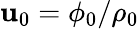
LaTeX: \mathbf{u}_{0}=\phi_{0}/\rho_{0}